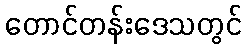
တောင်တန်းဒေသတွင်